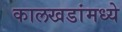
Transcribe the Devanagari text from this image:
कालखडांमध्ये